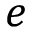
e